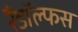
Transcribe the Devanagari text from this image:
रैंडॉल्फस